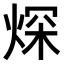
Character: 𤉾